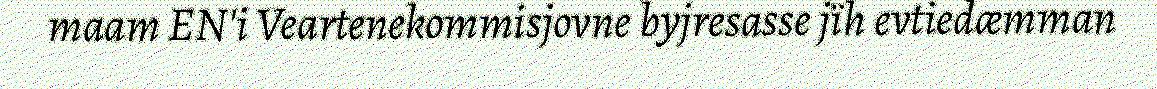
maam EN'i Veartenekommisjovne byjresasse jïh evtiedæmman